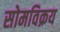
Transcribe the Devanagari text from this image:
सोमविक्रय